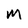
Character: M